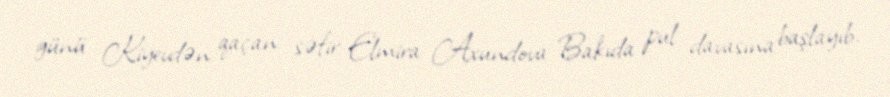
günü Kiyevdən qaçan səfir Elmira Axundova Bakıda pul davasına başlayıb.